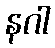
နဂါ